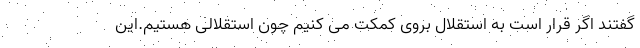
گفتند اگر قرار است به استقلال بروی کمکت می کنیم چون استقلالی هستیم.این